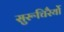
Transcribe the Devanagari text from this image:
सुरूचिरैर्यो